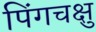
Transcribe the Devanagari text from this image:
पिंगचक्षु